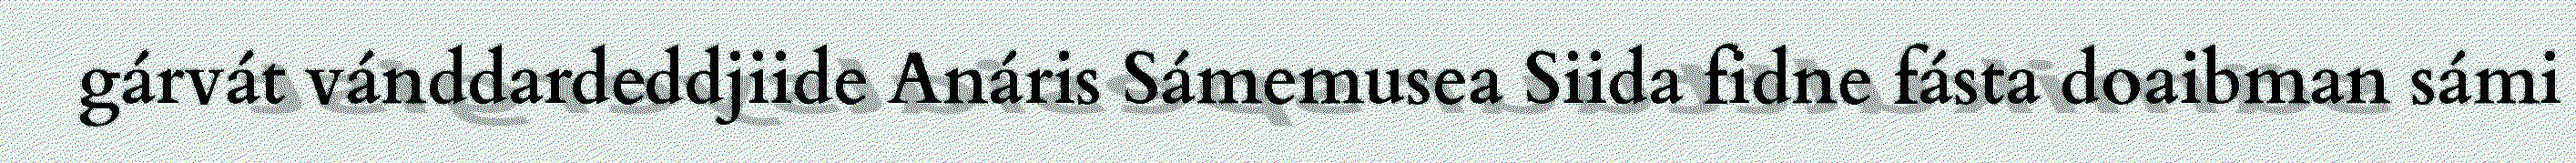
gárvát vánddardeddjiide Anáris Sámemusea Siida fidne fásta doaibman sámi